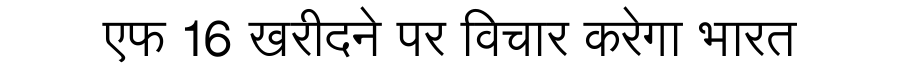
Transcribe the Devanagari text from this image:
एफ 16 खरीदने पर विचार करेगा भारत